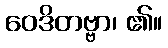
ဝေဒိတဗ္ဗာ၊ ၏။